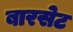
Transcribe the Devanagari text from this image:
बारसेट